Lunatic asylums in Bengal annual reports 1888-1898 - 1888-1898
Year: 1888
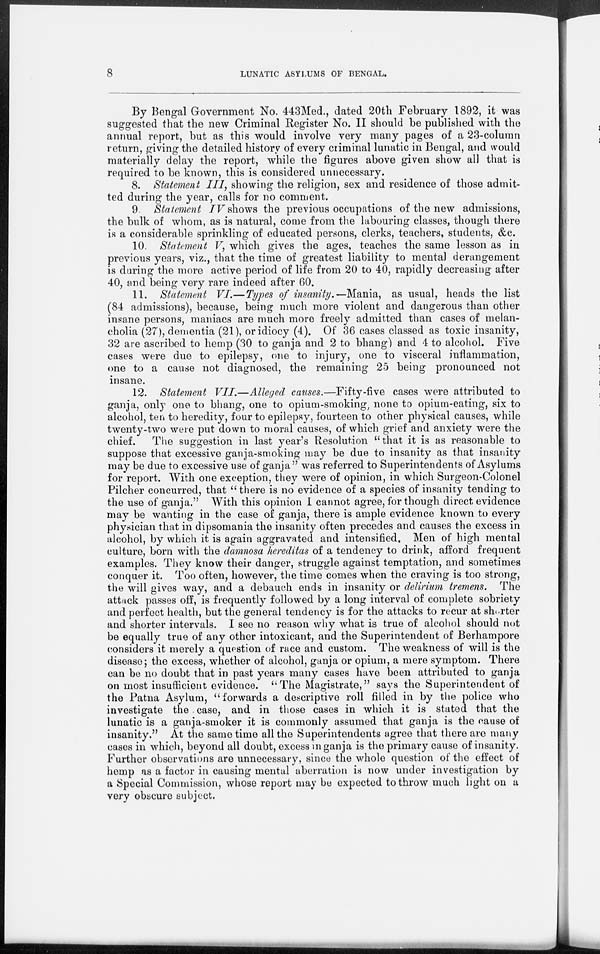
8
LUNATIC ASYLUMS OF BENGAL.
By Bengal Government No. 443Med., dated 20th February 1892, it was
suggested that the new Criminal Register No. II should be published with the
annual report, but as this would involve very many pages of a 23-column
return, giving the detailed history of every criminal lunatic in Bengal, and would
materially delay the report, while the figures above given show all that is
required to be known, this is considered unnecessary.
8. Statement III, showing the religion, sex and residence of those admit-
ted during the year, calls for no comment.
9. Statement IV shows the previous occupations of the new admissions,
the bulk of whom, as is natural, come from the labouring classes, though there
is a considerable sprinkling of educated persons, clerks, teachers, students, &c.
10. Statement V, which gives the ages, teaches the same lesson as in
previous years, viz., that the time of greatest liability to mental derangement
is during the more active period of life from 20 to 40, rapidly decreasing after
40, and being very rare indeed after 60.
11. Statement VI.—Types of insanity.—Mania,
as usual, heads the list
(84 admissions), because, being much more violent and dangerous than other
insane persons, maniacs are much more freely admitted than cases of melan-
cholia (27), dementia (21), or idiocy (4). Of 36 cases classed as toxic insanity,
32 are ascribed to hemp (30 to ganja and 2 to bhang) and 4 to alcohol. Five
cases were due to epilepsy, one to injury, one to visceral inflammation,
one to a cause not diagnosed, the remaining 25 being pronounced not
insane.
12. Statement VII.—Alleged causes.—Fifty-five cases were attributed to
ganja, only one to bhang, one to opium-smoking, none to opium-eating, six to
alcohol, ten to heredity, four to epilepsy, fourteen to other physical causes, while
twenty-two were put down to moral causes, of which grief and anxiety were the
chief.
The suggestion in last year's Resolution "that it is as reasonable to
suppose that excessive ganja-smoking may be due to insanity as that insanity
may be due to excessive use of ganja " was referred to Superintendents of Asylums
for report. With one exception, they were of opinion, in which Surgeon-Colonel
Pilcher concurred, that " there is no evidence of a species of insanity tending to
the use of ganja.'' With this opinion I cannot agree, for though direct evidence
may be wanting in the case of ganja, there is ample evidence known to every
physician that in dipsomania the insanity often precedes and causes the excess in
alcohol, by which it is again aggravated and intensified. Men of high mental
culture, born with the damnosa hereditas of a tendency to drink, afford frequent
examples. They know their danger, struggle against temptation, and sometimes
conquer it. Too often, however, the time comes when the craving is too strong,
the will gives way, and a debauch ends in insanity or delirium tremens. The
attack passes off, is frequently followed by a long interval of complete sobriety
and perfect health, but the general tendency is for the attacks to recur at shorter
and shorter intervals. I see no reason why what is true of alcohol should not
be equally true of any other intoxicant, and the Superintendent of Berhampore
considers it merely a question of race and custom. The weakness of will is the
disease; the excess, whether of alcohol, ganja or opium, a mere symptom. There
can be no doubt that in past years many cases have been attributed to ganja
on most insufficient evidence. "The Magistrate," says the Superintendent of
the Patna Asylum, "forwards a descriptive roll filled in by the police who
investigate the case, and in those cases in which it is stated that the
lunatic is a ganja-smoker it is commonly assumed that ganja is the cause of
insanity." At the same time all the Superintendents agree that there are many
cases in which, beyond all doubt, excess in ganja is the primary cause of insanity.
Further observations are unnecessary, since the whole question of the effect of
hemp as a factor in causing mental aberration is now under investigation by
a Special Commission, whose report may be expected to throw much light on a
very obscure subject.